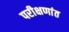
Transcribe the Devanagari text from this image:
परीक्षणांत